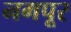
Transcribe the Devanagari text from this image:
नगपूर